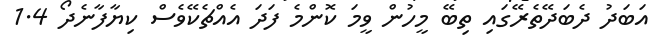
އަބަދު ދެބަދޭތެރޭގައި ތިބޭ މީހުން ވީމަ ކޮންމެ ފަދަ އެއްޗެކޭވެސް ކިޔާފާނެދޯ 1.4